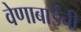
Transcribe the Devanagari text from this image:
वेणाबाईंची